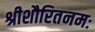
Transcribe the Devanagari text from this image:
श्रीशौरितनमः